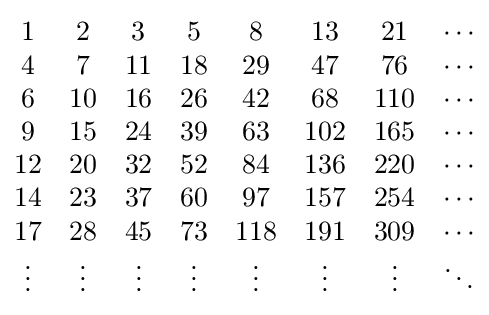
{\begin{matrix}1&2&3&5&8&13&21&\cdots \\4&7&11&18&29&47&76&\cdots \\6&10&16&26&42&68&110&\cdots \\9&15&24&39&63&102&165&\cdots \\12&20&32&52&84&136&220&\cdots \\14&23&37&60&97&157&254&\cdots \\17&28&45&73&118&191&309&\cdots \\\vdots &\vdots &\vdots &\vdots &\vdots &\vdots &\vdots &\ddots \\\end{matrix}}